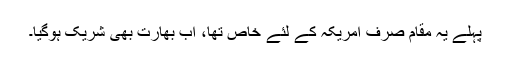
پہلے یہ مقام صرف امریکہ کے لئے خاص تھا، اب بھارت بھی شریک ہوگیا۔